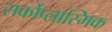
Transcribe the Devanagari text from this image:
सर्कोप्लास्मिक